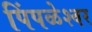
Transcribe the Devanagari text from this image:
पिंपळेश्‍वर